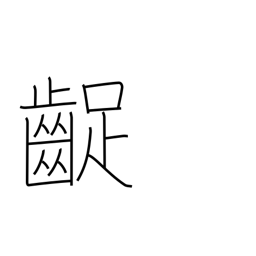
Meaning: grating the teeth